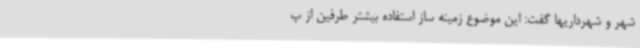
شهر و شهرداریها گفت: این موضوع زمینه ساز استفاده بیشتر طرفین از پ